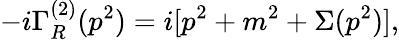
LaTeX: -i\Gamma_{R}^{(2)}(p^{2})=i[p^{2}+m^{2}+\Sigma(p^{2})],